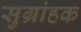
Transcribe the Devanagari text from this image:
सुग्रांहक